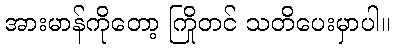
အားမာန်ကိုတော့ ကြိုတင် သတိပေးမှာပါ။